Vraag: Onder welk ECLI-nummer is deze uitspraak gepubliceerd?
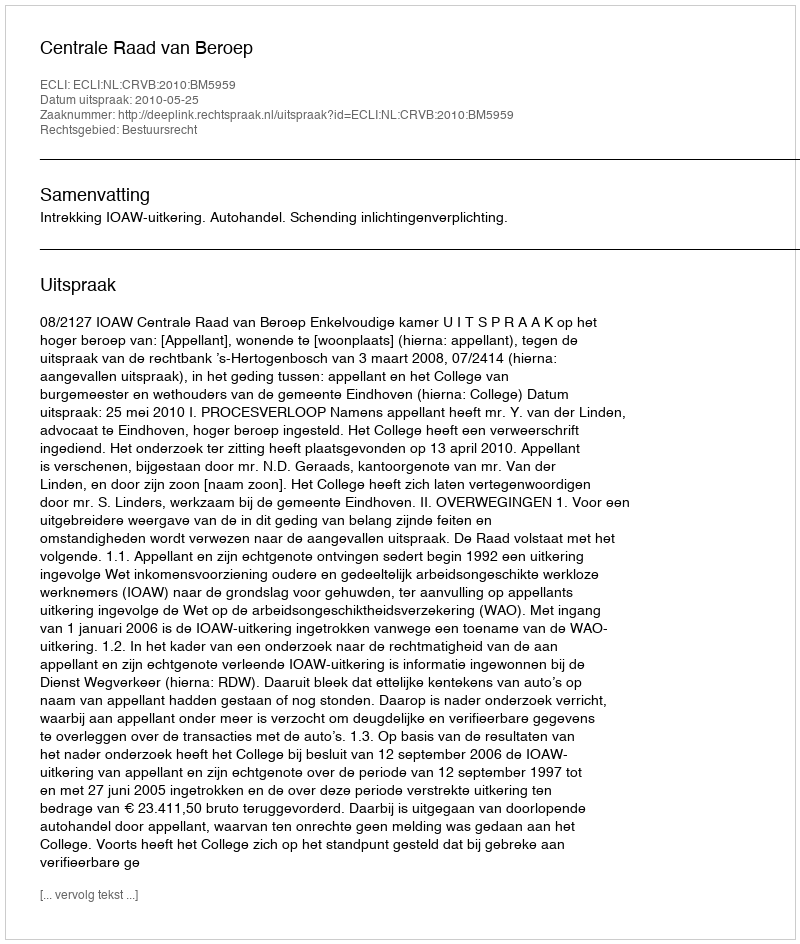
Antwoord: ECLI:NL:CRVB:2010:BM5959